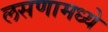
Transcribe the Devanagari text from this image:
लसणामध्ये